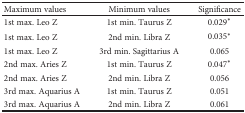
| Maximum values | Minimum values | Significance |
 | --- | --- | --- |
 | 1st max. Leo Z | 1st min. Taurus Z | 0.029∗ |
 | 1st max. Leo Z | 2nd min. Libra Z | 0.035∗ |
 | 1st max. Leo Z | 3rd min. Sagittarius A | 0.065 |
 | 2nd max. Aries Z | 1st min. Taurus Z | 0.047∗ |
 | 2nd max. Aries Z | 2nd min. Libra Z | 0.056 |
 | 3rd max. Aquarius A | 1st min. Taurus Z | 0.051 |
 | 3rd max. Aquarius A | 2nd min. Libra Z | 0.061 |